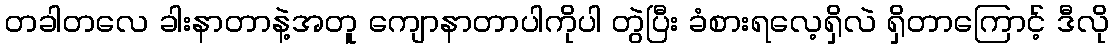
တခါတလေ ခါးနာတာနဲ့အတူ ကျောနာတာပါကိုပါ တွဲပြီး ခံစားရလေ့ရှိလဲ ရှိတာကြောင့် ဒီလို